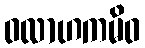
ဝလာဟကမိဝ